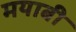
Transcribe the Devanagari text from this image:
मयाबी